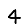
Digit: 4